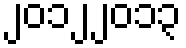
၂၀၁၂၂၀၁၃